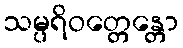
သမ္ပရိဝတ္တေန္တော